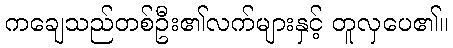
ကချေသည်တစ်ဦး၏လက်များနှင့် တူလှပေ၏။